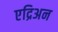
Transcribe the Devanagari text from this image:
एद्रिअन